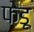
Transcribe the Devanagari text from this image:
फेडू